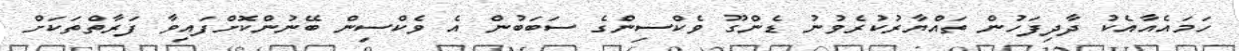
ހަމައެއާއެކު ދާދިފަހުން ތައްޔާރުކުރެވުނު ޑެންގޫ ވެކްސިންގެ ސަބަބުން އެ ވެކްސިން ބޭނުންކޮށްފައިވާ ފަރާތްތަކަށް